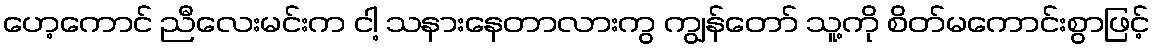
ဟေ့ကောင် ညီလေးမင်းက ငါ့ သနားနေတာလားကွ ကျွန်တော် သူ့ကို စိတ်မကောင်းစွာဖြင့်